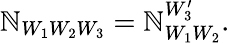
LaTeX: \mathbb{N}_{W_{1}W_{2}W_{3}}=\mathbb{N}_{W_{1}W_{2}}^{W_{3}^{\prime}}.